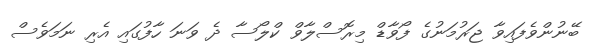
ބޭނުންވެފައިވާ ޖަރުމަނުގެ ފޯވާޑް މިރޮސްލާވް ކްލޯސާ ދެ ވަނަ ހާފުގައި އެރި ނަމަވެސް